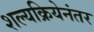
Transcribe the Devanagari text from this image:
शल्यक्रियेनंतर